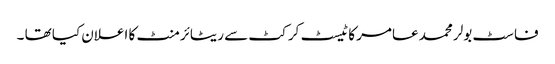
فاسٹ بولر محمد عامر کا ٹیسٹ کرکٹ سے ریٹائرمنٹ کا اعلان کیا تھا ۔